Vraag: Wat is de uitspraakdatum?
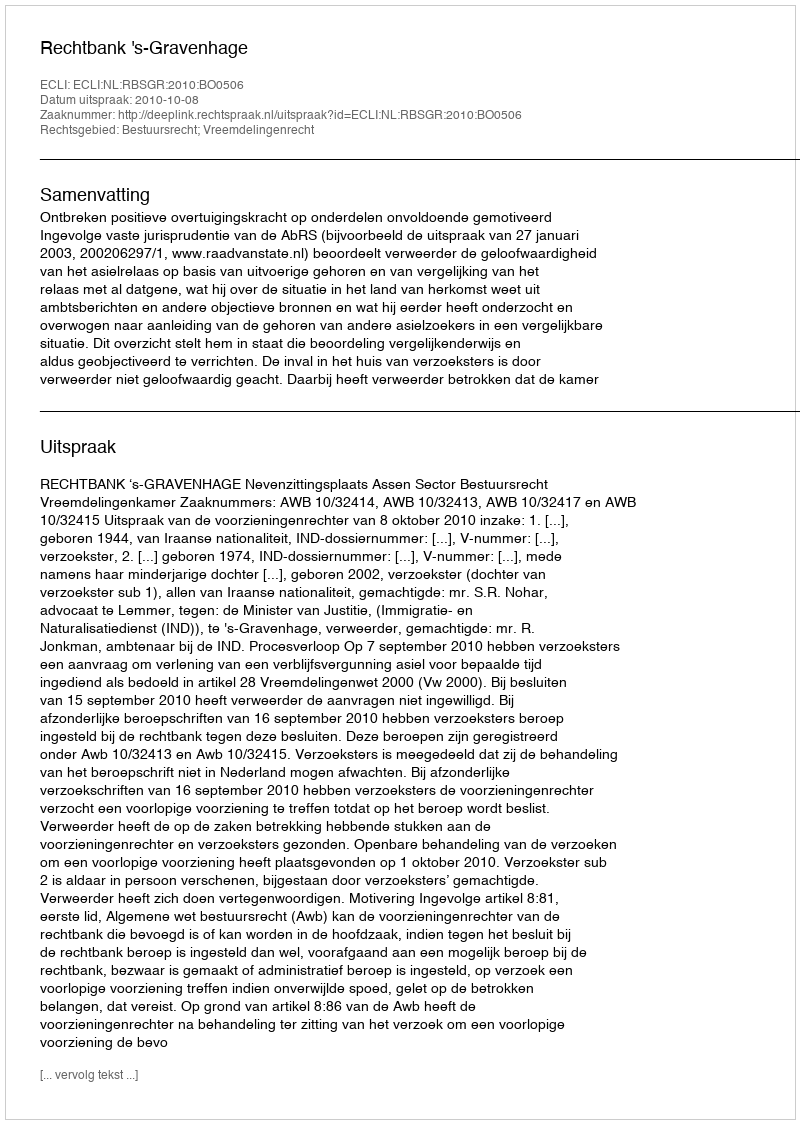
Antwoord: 2010-10-08